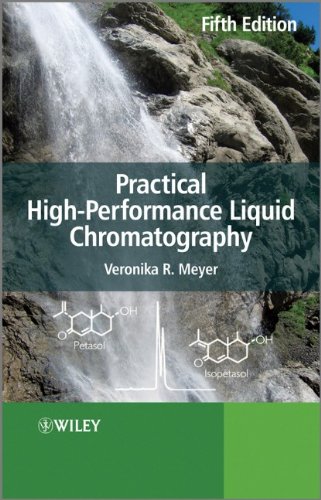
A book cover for Practical High-Performance Liquid Chromatography; Veronika R. Meyer; Science & Math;